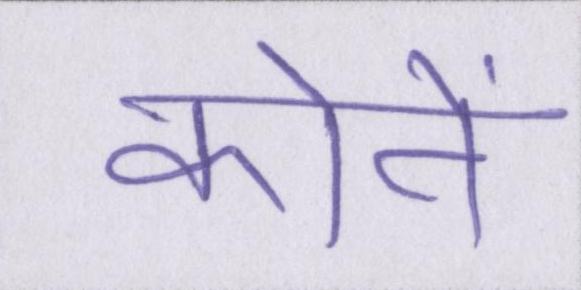
कोने